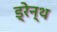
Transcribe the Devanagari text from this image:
ड्रेन्थ